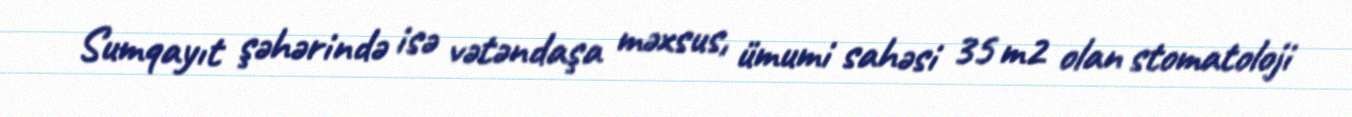
Sumqayıt şəhərində isə vətəndaşa məxsus, ümumi sahəsi 35 m2 olan stomatoloji